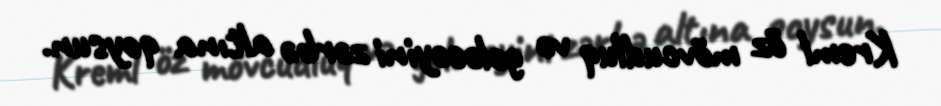
Kreml öz mövcudluq və gələcəyini zərbə altına qoysun.